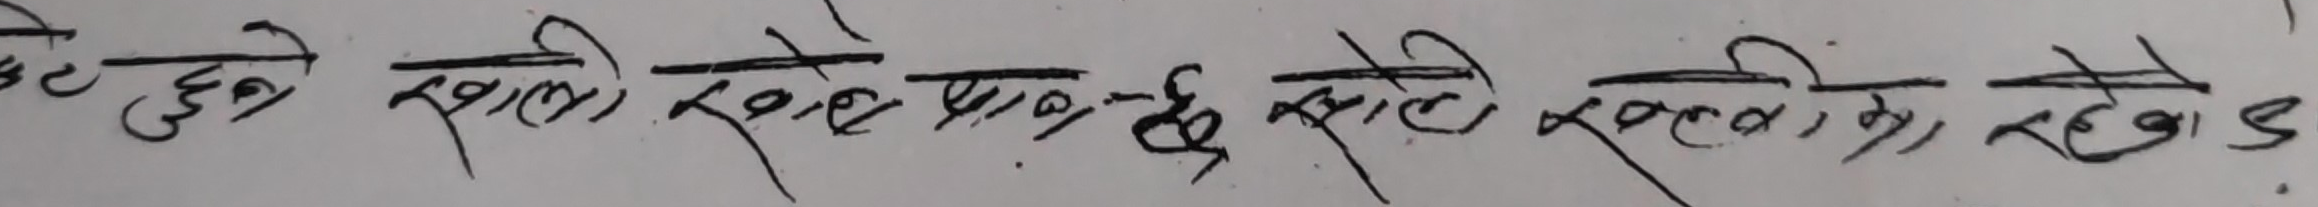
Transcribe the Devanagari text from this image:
ते छेउ खाली कोठे प्राय छ र तिमी खाली कोठामा रहछेउ।